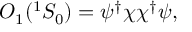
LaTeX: { \cal O } _ { 1 } ( { } ^ { 1 } S _ { 0 } ) = \psi ^ { \dagger } \chi \chi ^ { \dagger } \psi ,